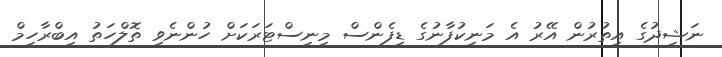
ނަޝީދުގެ އިތުރުން އޭރު އެ މަނިކުފާނުގެ ޑިފެންސް މިނިސްޓަރަކަށް ހުންނެވި ތޮލްހަތު އިބްރާހީމް